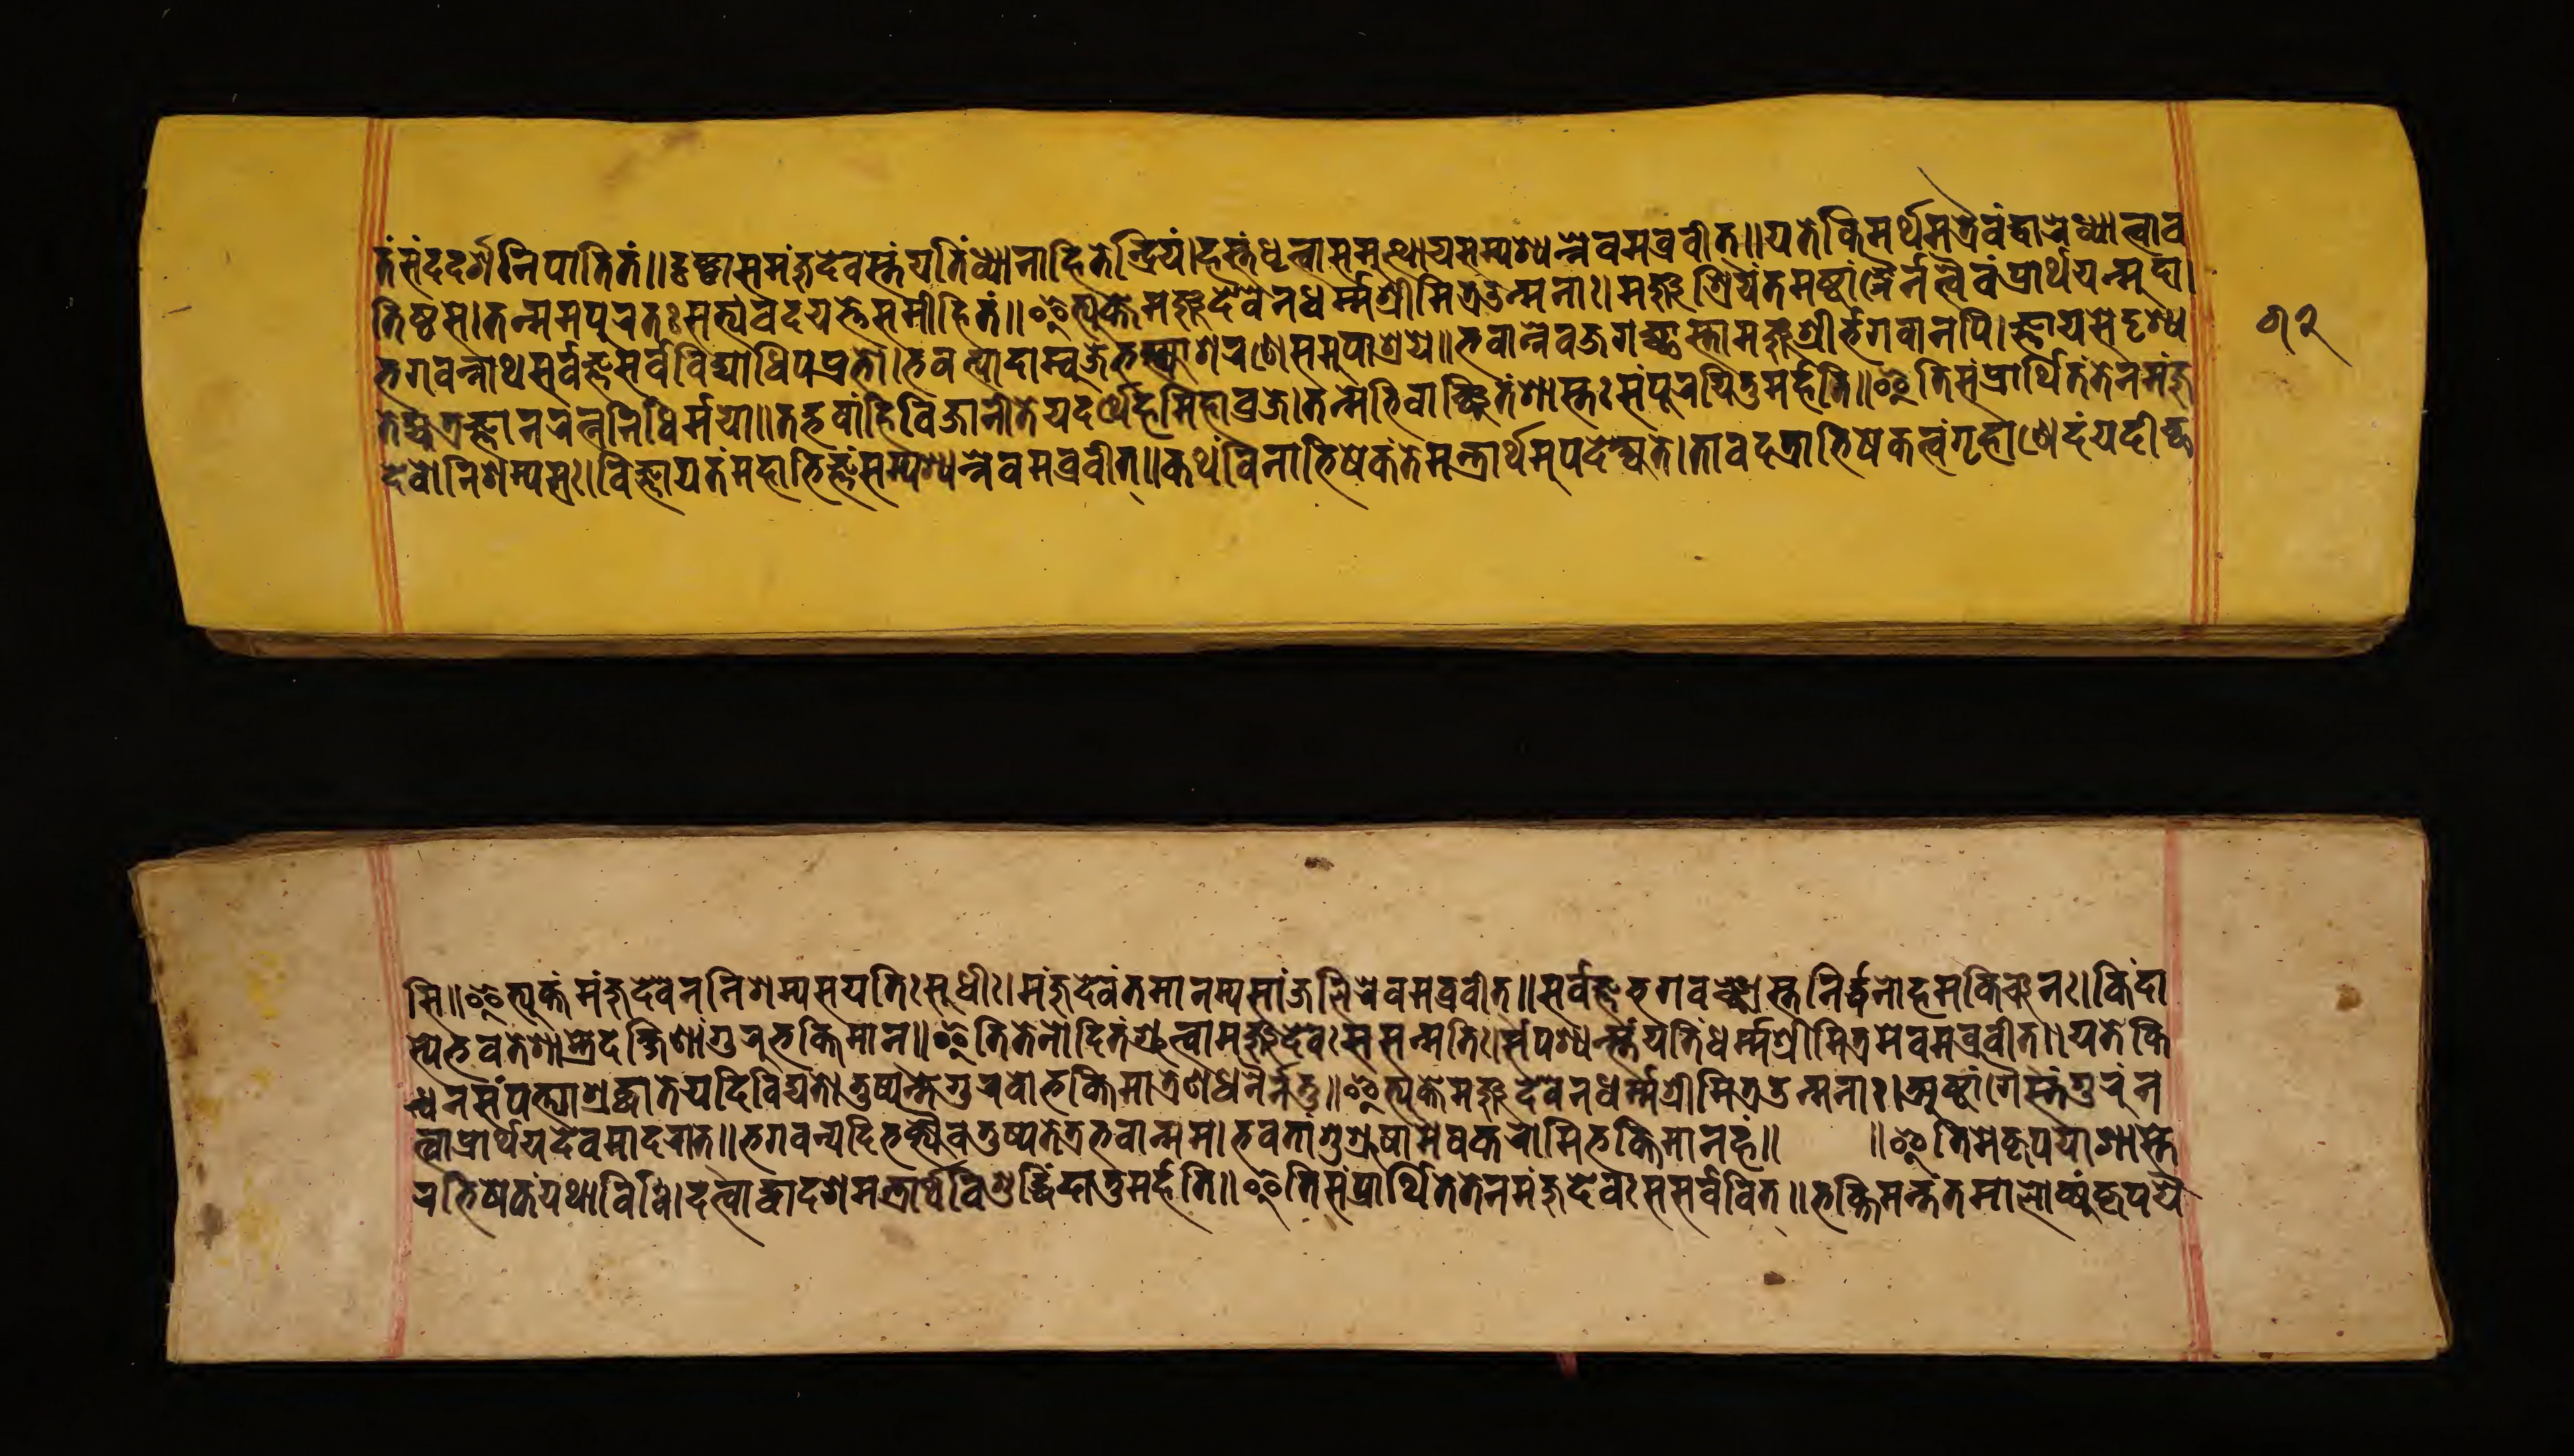
𑐟𑑄𑐳𑑄𑐡𑐡𑐬𑑂𑐱𑐣𑐶𑐥𑐵𑐟𑐶𑐟𑑄𑑌𑐡𑐺𑐲𑑂𑐚𑑂𑐰𑐵𑐳𑐩𑐘𑑂𑐖𑐸𑐡𑐾𑐰𑐳𑑂𑐟𑑄𑐫𑐟𑐶𑑄𑐢𑑂𑐫𑐵𑐟𑑂𑐰𑐵𑐖𑐶𑐟𑐾𑐣𑑂𑐡𑑂𑐬𑐶𑐫𑑄𑑋𑐴𑐳𑑂𑐟𑑄𑐢𑐺𑐟𑑂𑐰𑐵𑐳𑐩𑐸𑐟𑑂𑐠𑐵𑐫𑐳𑑄𑐥𑐱𑑂𑐫𑐣𑑂𑐣𑐾𑐰𑐰𑑂𑐬𑐰𑐷𑐟𑑂𑑌𑐫𑐟𑐾𑐎𑐶𑐩𑐬𑑂𑐠𑐩𑐟𑑂𑐬𑐿𑐰𑑄𑐡𑑂𑐰𑐵𑐬𑑄𑐢𑑂𑐫𑐵𑐟𑑂𑐰𑐵𑐰 𑐟𑐶𑐲𑑂𑐛𑐳𑑋𑐟𑐟𑑂𑐩𑐩𑐥𑐸𑐬𑐟𑑅𑐳𑐨𑑂𑐫𑑄𑐰𑐡𑐫𑐟𑐾𑐳𑐩𑐵𑐴𑐶𑐟𑑄𑑌𑐂𑐟𑑂𑐫𑐸𑐎𑑂𑐟𑑂𑐰𑐵𑐩𑐘𑑂𑐖𑐸𑐡𑐾𑐰𑐾𑑄𑐣𑐢𑐬𑑂𑐩𑐱𑑂𑐬𑐷𑐩𑐶𑐟𑑂𑐬𑑁𑐣𑑂𑐩𑐣𑐵𑑅𑑋𑐩𑐘𑑂𑐖𑐸𑐱𑑂𑐬𑐶𑐫𑐣𑑂𑐟𑐩𑐲𑑂𑐚𑐵𑑄𑐐𑐿𑐣𑐟𑑂𑐰𑐿𑐰𑑄𑐥𑑂𑐬𑐵𑐬𑑂𑐠𑐫𑐣𑑂𑐩𑐸𑐡𑐵𑑋 𑐨𑐐𑐰𑐣𑑂𑐣𑐵𑐠𑐳𑐬𑑂𑐰𑐖𑑂𑐘𑐳𑐬𑑂𑐰𑐰𑐶𑐡𑑂𑐫𑐵𑐢𑐶𑐥𑐥𑑂𑐬𑐨𑑀𑑋𑐨𑐰𑐟𑑂𑐥𑐵𑐡𑐵𑐩𑑂𑐧𑐸𑐖𑐾𑐨𑐎𑑂𑐟𑑂𑐫𑐵𑐱𑐬𑐞𑐾𑐳𑐩𑐸𑐥𑐵𑐱𑑂𑐬𑐫𑐾𑑌𑐨𑐰𑐵𑐣𑐾𑐰𑐖𑐐𑐔𑑂𑐕𑐵𑐳𑑂𑐟𑐵𑐩𑐘𑑂𑐖𑐸𑐱𑑂𑐬𑐷𑐬𑑂𑐨𑐐𑐰𑐵𑐣𑐥𑐶𑑋𑐖𑑂𑐘𑐵𑐫𑐳𑐾𑐡𑐺𑐱𑑂𑐫 𑐟𑐾𑐴𑑂𑐫𑐟𑑂𑐬𑐖𑑂𑐘𑐵𑐣𑐬𑐟𑑂𑐣𑐣𑐶𑐢𑐶𑐬𑑂𑐩𑐫𑐵𑑌𑐟𑐡𑑂𑐨𑐰𑐵𑐴𑑂𑐣𑐶𑐰𑐶𑐖𑐵𑐣𑐷𑐟𑐾𑐫𑐡𑐬𑑂𑐠𑐾𑐴𑐩𑐶𑐴𑐵𑐰𑑂𑐬𑐖𑑋𑐟𑐟𑑂𑐩𑐾𑐨𑐶𑐰𑐵𑑄𑐔𑑂𑐕𑐶𑐟𑑄𑐱𑐵𑐳𑑂𑐟𑐵𑑅𑐳𑑄𑐥𑐹𑐬𑐫𑐶𑐟𑐸𑐩𑐬𑑂𑐴𑐟𑐶𑑌𑐂𑐟𑐶𑐳𑑄𑐥𑑂𑐬𑐵𑐬𑑂𑐠𑐶𑐟𑑄𑐟𑐾𑐣𑐩𑐘𑑂𑐖𑐸 𑐡𑐾𑐰𑐣𑐶𑐱𑐩𑑂𑐫𑐳𑑋𑐰𑐶𑐖𑑂𑐘𑐵𑐫𑐟𑑄𑐩𑐴𑐵𑐨𑐶𑐖𑑂𑐘𑑄𑐳𑑄𑐥𑐱𑑂𑐫𑐣𑑂𑐣𑐾𑐰𑐩𑐰𑑂𑐬𑐰𑐷𑐟𑑂𑑌𑐎𑐠𑑄𑐰𑐶𑐣𑐵𑐀𑐨𑐶𑐲𑐾𑐎𑑄𑐟𑐾𑐩𑐣𑑂𑐟𑑂𑐬𑐵𑐬𑑂𑐠𑐩𑐸𑐥𑐡𑐾𑐱𑑂𑐫𑐟𑐾𑑌𑐟𑐵𑐰𑐡𑐟𑑂𑐬𑐨𑐶𑐲𑐾𑐎𑐟𑑂𑐰𑑄𑐐𑐺𑐴𑑂𑐰𑐵𑐞𑑂𑐴𑐾𑐡𑑄𑐫𑐡𑐷𑐔𑑂𑐕 𑐳𑐶𑑌𑐂𑐟𑑂𑐫𑐸𑐎𑑂𑐟𑑄𑐩𑐘𑑂𑐖𑐸𑐡𑐾𑐰𑐾𑐣𑐣𑐶𑐱𑐩𑑂𑐫𑐳𑐫𑐟𑐶𑑅𑐳𑐸𑐢𑐷𑑅𑑋𑐩𑐘𑑂𑐖𑐸𑐡𑐾𑐰𑑄𑐣𑐩𑑀𑐳𑑂𑐟𑐳𑑂𑐫𑐳𑐵𑐘𑑂𑐖𑐮𑐶𑐬𑐾𑐰𑐩𑐰𑑂𑐬𑐰𑐷𑐟𑑂𑑌𑐳𑐬𑑂𑐰𑐖𑑂𑐘𑐨𑐐𑐰𑐵𑐘𑑂𑐕𑐵𑐳𑑂𑐟𑐵𑐣𑐶𑐬𑑂𑐢𑐣𑑀𑐴𑐩𑐎𑐶𑑄𑐔𑐣𑑅𑑋𑐎𑐶𑑄𑐡𑐵 𑐳𑑂𑐫𑐾𑐨𑐰𑐟𑑄𑐱𑐵𑐳𑑂𑐟𑑂𑐬𑐾𑐡𑐎𑑂𑐲𑐶𑐞𑐵𑑄𑐐𑐸𑐬𑐸𑐨𑐎𑑂𑐟𑐶𑐩𑐵𑐣𑑂𑑋𑐂𑐟𑐶𑐟𑐾𑐣𑑀𑐡𑐶𑐟𑑄𑐱𑑂𑐬𑐸𑐟𑑂𑐰𑐵𑑅𑐩𑐘𑑂𑐖𑐸𑐡𑐾𑐰𑑅𑐳𑐳𑐣𑑂𑐩𑐟𑐶𑑅𑑋𑐳𑑄𑐥𑐱𑑂𑐫𑐣𑑂𑐳𑑂𑐟𑐾𑐫𑐟𑐷𑐢𑐬𑑂𑐩𑐱𑑂𑐬𑐷𑐩𑐶𑐟𑑂𑐬𑐩𑐾𑐰𑐩𑐰𑑂𑐬𑐰𑐷𑐟𑑂𑑌𑐫𑐟𑑅𑐎𑐶 𑐣𑑂𑐢𑐣𑐳𑑄𑐥𑐟𑑂𑐫𑐵𑐱𑑂𑐬𑐡𑑂𑐢𑐵𑐟𑐾𑐫𑐡𑐶𑐰𑐶𑐡𑑂𑐫𑐟𑐾𑑋𑐟𑐸𑐲𑑂𑐫𑐣𑑂𑐟𑐾𑐐𑐸𑐬𑐸𑐰𑑀𑐨𑐎𑑂𑐟𑐶𑐩𑐵𑐟𑑂𑐬𑐾𑐞𑐵𑐟𑑂𑐬𑐢𑐣𑐾𑐣𑐟𑐸𑑋𑐂𑐟𑑂𑐫𑐸𑐎𑑂𑐟𑑂𑐰𑐵𑐩𑐘𑑂𑐖𑐸𑐡𑐾𑐰𑐾𑐣𑐢𑐬𑑂𑐩𑐱𑑂𑐬𑐷𑐩𑐶𑐟𑑂𑐬𑑁𑐣𑑂𑐩𑐟𑐵𑑅𑑋𑐀𑐲𑑂𑐚𑐵𑑄𑐐𑐾𑐳𑑂𑐟𑑄𑐐𑐸𑐬𑐸𑑄𑐣 𑐟𑑂𑐰𑐵𑐥𑑂𑐬𑐵𑐬𑑂𑐠𑐫𑐡𑐾𑐰𑐩𑐵𑐡𑐬𑐵𑐟𑑂𑑌𑐨𑐐𑐰𑐣𑑂𑐫𑐡𑐶𑐨𑐎𑑂𑐟𑑂𑐫𑐿𑐰𑐟𑐸𑐲𑑂𑐫𑐟𑐾𑐟𑑂𑐬𑐨𑐰𑐵𑐣𑑂𑐩𑐩𑑋𑐨𑐰𑐟𑐵𑑄𑐳𑐸𑐱𑑂𑐬𑐹𑐲𑐵𑐩𑐾𑐲𑐎𑐬𑑀𑐩𑐶𑐨𑐎𑑂𑐟𑐶𑐩𑐵𑐣𑐴𑑄𑑌 𑑌𑐂𑐟𑐶𑐩𑐾𑐎𑐺𑐥𑐫𑐵𑐱𑐵𑐳𑑂𑐟 𑐬𑐨𑐶𑐲𑐾𑐎𑐫𑐠𑐵𑐰𑐶𑐢𑐶𑑅𑑋𑐡𑐟𑑂𑐰𑐵𑐡𑑂𑐰𑐵𑐡𑐱𑐩𑐣𑑂𑐟𑑂𑐬𑐵𑐬𑑂𑐠𑑄𑐰𑐶𑐱𑐸𑐡𑑂𑐢𑐶𑐡𑐵𑐟𑐸𑐩𑐬𑑂𑐴𑐟𑐶𑑌𑐂𑐟𑐶𑐳𑑄𑐥𑑂𑐬𑐵𑐬𑑂𑐠𑐶𑐟𑑄𑐟𑐾𑐣𑐩𑐘𑑂𑐖𑐸𑐡𑐾𑐰𑑄𑐳𑐳𑐬𑑂𑐰𑐰𑐶𑐟𑑂𑑌𑐨𑐎𑑂𑐟𑐶𑐩𑐣𑑂𑐟𑐟𑐩𑐵𑐮𑑀𑐎𑑂𑐫𑑄𑐰𑐺𑐥𑐫𑐾 𑑖𑑒